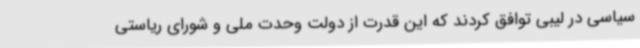
سیاسی در لیبی توافق کردند که این قدرت از دولت وحدت ملی و شورای ریاستی